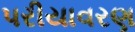
પરીયાવરણ